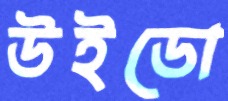
উইডো